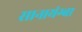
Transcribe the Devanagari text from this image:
सानायंग्बा